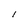
Character: l